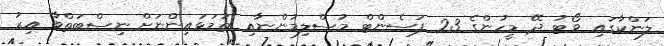
ލަންކާގައި ވޯޓު ދޭ މީހުންގެ 23 ޕަސެންޓް މުސްލިމުންނާއި ތަމަޅައިންނަށް ނިސްބަތްވާ އިރު